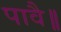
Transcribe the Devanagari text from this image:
पावै॥